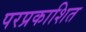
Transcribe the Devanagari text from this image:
परप्रकाशित